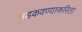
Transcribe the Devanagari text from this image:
भडकवण्याकरिता